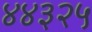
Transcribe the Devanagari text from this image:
४४३२५